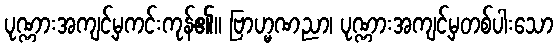
ပုဏ္ဏားအကျင့်မှကင်းကုန်၏။ ဗြာဟ္မဏညာ၊ ပုဏ္ဏားအကျင့်မှတစ်ပါးသော